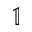
\mathbb { 1 }